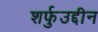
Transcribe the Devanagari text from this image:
शर्फुउद्दीन